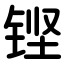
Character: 铿